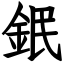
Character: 鈱